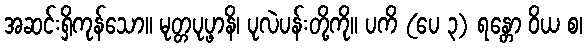
အဆင်းရှိကုန်သော။ မုတ္တပုပ္ဖာနိ၊ ပုလဲပန်းတို့ကို။ ပကိ (ပေ ၃) ရန္တော ဝိယ စ၊